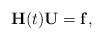
LaTeX: \begin{align*} \mathbf{H}(t)\mathbf{U}=\mathbf{f},\end{align*}